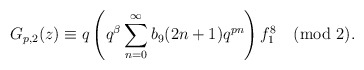
\begin{align*}G_{p,2}(z)\equiv q\left(q^{\beta}\sum_{n=0}^{\infty}b_9(2n+1)q^{pn} \right) f^{8}_{1}\pmod{2}.\end{align*}